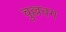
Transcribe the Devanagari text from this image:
चुल्लवग